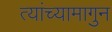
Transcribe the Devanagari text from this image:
त्यांच्यामागुन